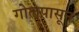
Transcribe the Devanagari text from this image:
गोलपासून